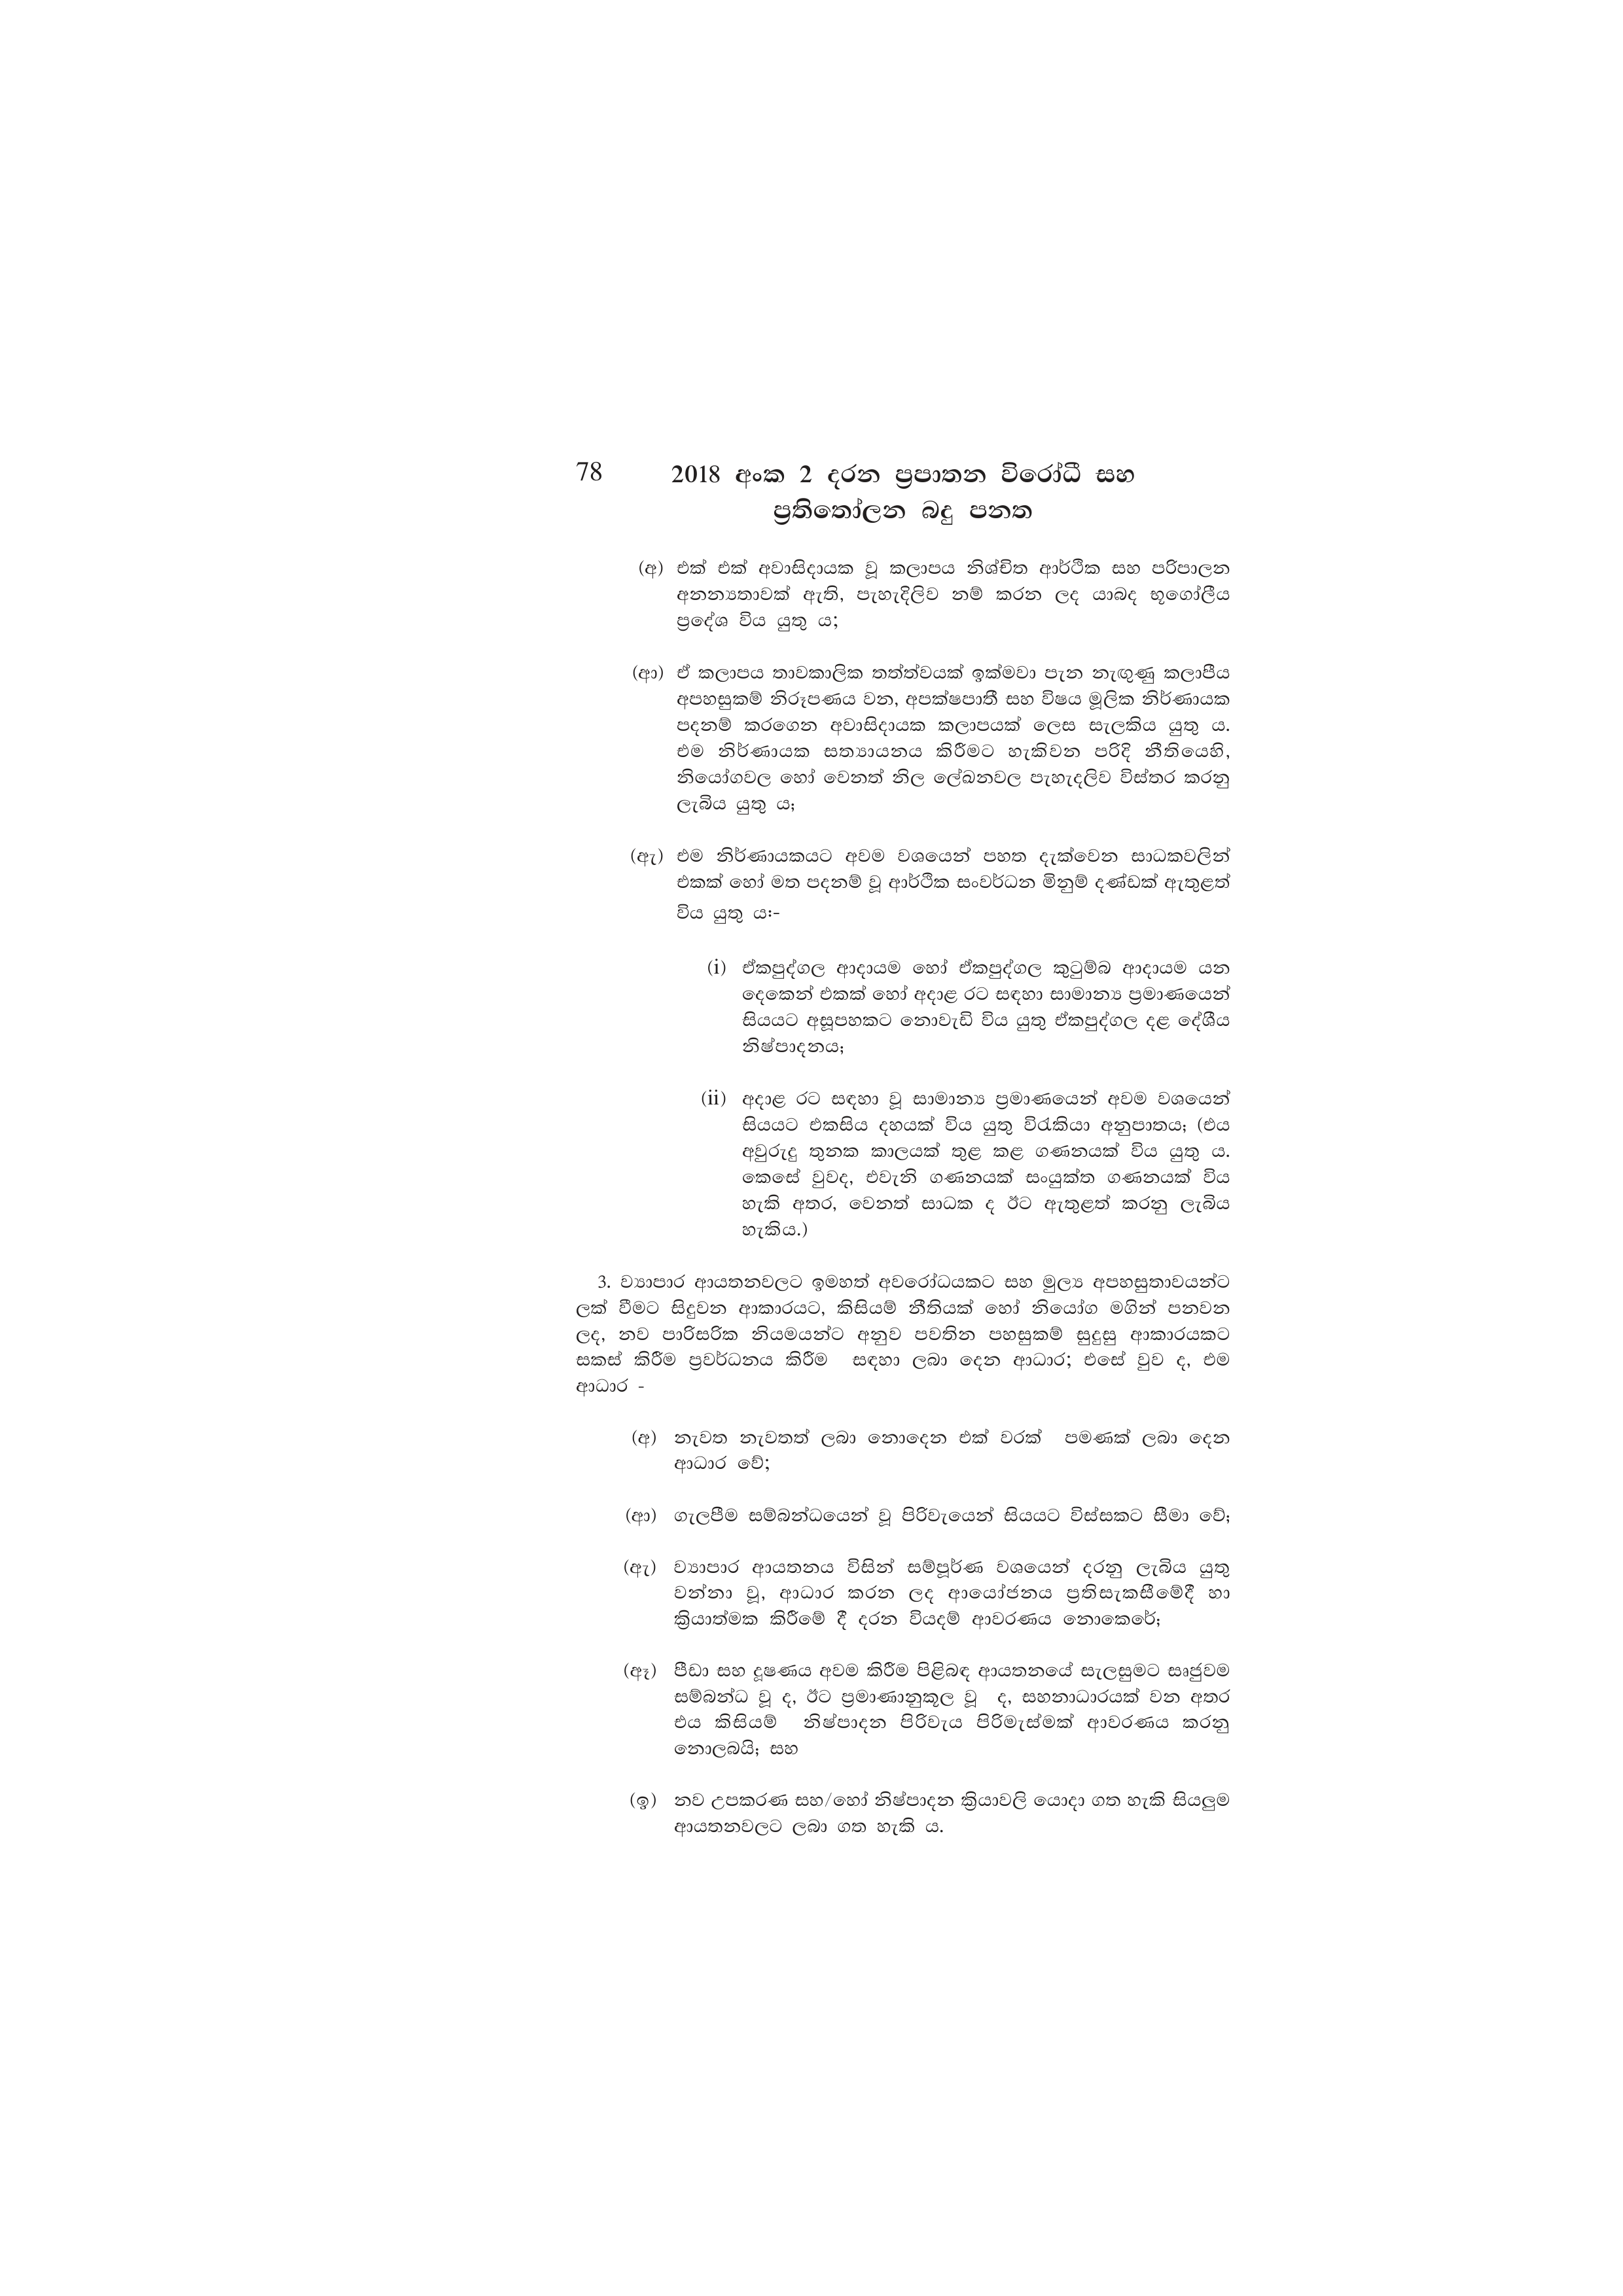
78 2018 අංක 2 දරන ප්‍රපාතන විරෝධී සහ
ප්‍රතිතෝලන බදු පනත

(අ) එක් එක් අවාසිදායක වූ කලාපය නිශ්චිත ආර්ථික සහ පරිපාලන
අනන්‍යතාවක් ඇති, පැහැදිලිව නම් කරන ලද යාබද භූගෝලීය
ප්‍රදේශ විය යුතු ය;

(ආ) ඒ කලාපය තාවකාලික තත්ත්වයක් ඉක්මවා පැන නැඟුණු කලාපීය
අපහසුකම් නිරූපණය වන, අපක්ෂපාතී සහ විෂය මූලික නිර්ණායක
පදනම් කරගෙන අවාසිදායක කලාපයක් ලෙස සැලකිය යුතු ය.
එම නිර්ණායක සත්‍යායනය කිරීමට හැකිවන පරිදි නීතියෙහි,
නියෝගවල හෝ වෙනත් නිල ලේඛනවල පැහැදලිව විස්තර කරනු
ලැබිය යුතු ය;

(ඇ) එම නිර්ණායකයට අවම වශයෙන් පහත දැක්වෙන සාධකවලින්
එකක් හෝ මත පදනම් වූ ආර්ථික සංවර්ධන මිනුම් දණ්ඩක් ඇතුළත්
විය යුතු ය:-

(i) ඒකපුද්ගල ආදායම හෝ ඒකපුද්ගල කුටුම්බ ආදායම යන
දෙකෙන් එකක් හෝ අදාළ රට සඳහා සාමාන්‍ය ප්‍රමාණයෙන්
සියයට අසූපහකට නොවැඩි විය යුතු ඒකපුද්ගල දළ දේශීය
නිෂ්පාදනය;

(ii) අදාළ රට සඳහා වූ සාමාන්‍ය ප්‍රමාණයෙන් අවම වශයෙන්
සියයට එකසිය දහයක් විය යුතු විරැකියා අනුපාතය; (එය
අවුරුදු තුනක කාලයක් තුළ කළ ගණනයක් විය යුතු ය.
කෙසේ වුවද, එවැනි ගණනයක් සංයුක්ත ගණනයක් විය
හැකි අතර, වෙනත් සාධක ද ඊට ඇතුළත් කරනු ලැබිය
හැකිය.)

3. ව්‍යාපාර ආයතනවලට ඉමහත් අවරෝධයකට සහ මුල්‍ය අපහසුතාවයන්ට
ලක් වීමට සිදුවන ආකාරයට, කිසියම් නීතියක් හෝ නියෝග මගින් පනවන
ලද, නව පාරිසරික නියමයන්ට අනුව පවතින පහසුකම් සුදුසු ආකාරයකට
සකස් කිරීම ප්‍රවර්ධනය කිරීම සඳහා ලබා දෙන ආධාර; එසේ වුව ද, එම
ආධාර -

(අ) නැවත නැවතත් ලබා නොදෙන එක් වරක් පමණක් ලබා දෙන
ආධාර වේ;

(ආ) ගැලපීම සම්බන්ධයෙන් වූ පිරිවැයෙන් සියයට විස්සකට සීමා වේ;

(ඇ) ව්‍යාපාර ආයතනය විසින් සම්පූර්ණ වශයෙන් දරනු ලැබිය යුතු
වන්නා වූ, ආධාර කරන ලද ආයෝජනය ප්‍රතිසැකසීමේදී හා
ක්‍රියාත්මක කිරීමේ දී දරන වියදම් ආවරණය නොකෙරේ;

(ඈ) පීඩා සහ දූෂණය අවම කිරීම පිළිබඳ ආයතනයේ සැලසුමට සෘජුවම
සම්බන්ධ වූ ද, ඊට ප්‍රමාණානුකූල වූ ද, සහනාධාරයක් වන අතර
එය කිසියම් නිෂ්පාදන පිරිවැය පිරිමැස්මක් ආවරණය කරනු
නොලබයි; සහ

(ඉ) නව උපකරණ සහ/හෝ නිෂ්පාදන ක්‍රියාවලි යොදා ගත හැකි සියලුම
ආයතනවලට ලබා ගත හැකි ය.